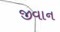
જીવાન